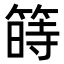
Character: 𥱯